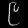
Digit: ၉